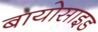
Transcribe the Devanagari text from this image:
बायोसाइड